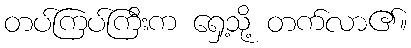
တပ်ကြပ်ကြီးက ရှေ့သို့ တက်လာ၏။